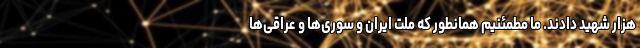
هزار شهید دادند. ما مطمئنیم همانطور که ملت ایران و سوری‌ها و عراقی‌ها